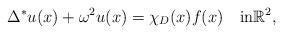
LaTeX: \begin{align*}\Delta^{\ast} u(x)+ \omega^2u(x)=\chi_D(x)f(x)\quad\mbox{in}\mathbb{R}^2,\end{align*}